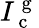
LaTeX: I_{\mathrm{~c~}}^{\mathrm{~g~}}